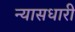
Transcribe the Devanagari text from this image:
न्यासधारी